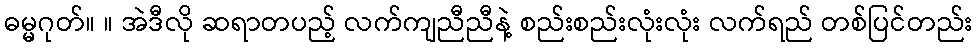
ဓမ္မဂုတ်။ ။ အဲဒီလို ဆရာတပည့် လက်ကျညီညီနဲ့ စည်းစည်းလုံးလုံး လက်ရည် တစ်ပြင်တည်း